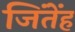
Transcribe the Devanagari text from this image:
जिंतेंह